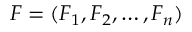
F = ( F _ { 1 } , F _ { 2 } , \dots , F _ { n } )